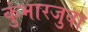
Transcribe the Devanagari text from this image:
कुंभारजुवा